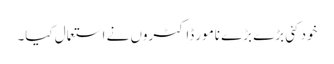
خود کئی بڑے بڑے نامور ڈاکٹروں نے استعمال کیا۔